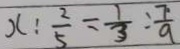
x : \frac { 2 } { 5 } = \frac { 1 } { 3 } : \frac { 7 } { 9 }